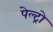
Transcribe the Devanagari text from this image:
पेल्ट्रो